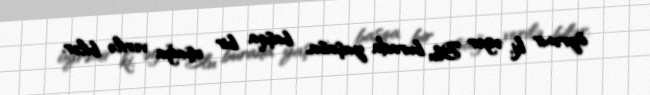
öyrənir ki, əgər Blu burada yaşasa, başqa bir uşağa verilə bilər.